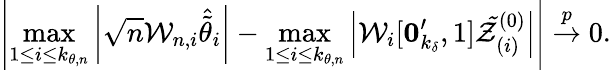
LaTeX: \left\vert\operatorname*{max}_{1\leq i\leq k_{\theta,n}}\left\vert\sqrt{n}\mathcal{W}_{n,i}\widehat{\tilde{\theta}}_{i}\right\vert-\operatorname*{max}_{1\leq i\leq k_{\theta,n}}\left\vert\mathcal{W}_{i}[\boldsymbol{0}_{k_{\delta}}^{\prime},1]\mathcal{\tilde{Z}}_{(i)}^{(0)}\right\vert\right\vert\overset{p}{\rightarrow}0.